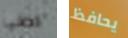
كافيا يحافظ